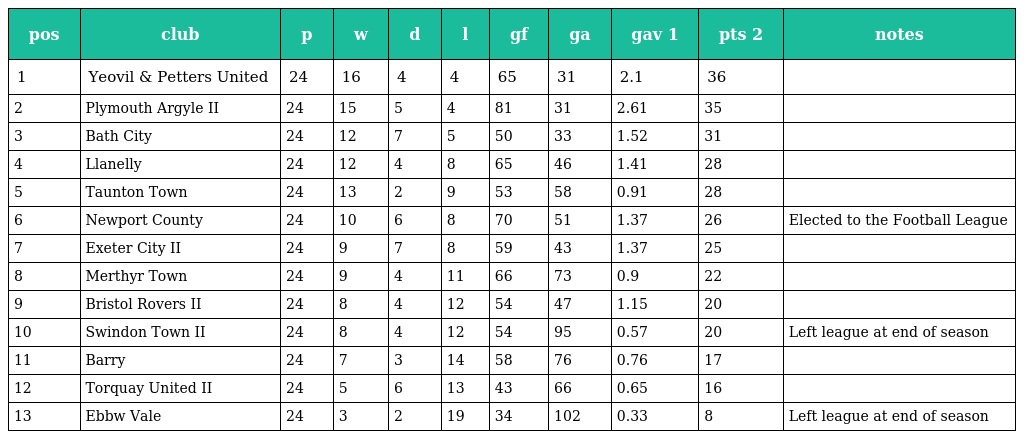
| pos | club | p | w | d | l | gf | ga | gav 1 | pts 2 | notes |
 | --- | --- | --- | --- | --- | --- | --- | --- | --- | --- | --- |
 | 1 | Yeovil & Petters United | 24 | 16 | 4 | 4 | 65 | 31 | 2.1 | 36 |  |
 | 2 | Plymouth Argyle II | 24 | 15 | 5 | 4 | 81 | 31 | 2.61 | 35 |  |
 | 3 | Bath City | 24 | 12 | 7 | 5 | 50 | 33 | 1.52 | 31 |  |
 | 4 | Llanelly | 24 | 12 | 4 | 8 | 65 | 46 | 1.41 | 28 |  |
 | 5 | Taunton Town | 24 | 13 | 2 | 9 | 53 | 58 | 0.91 | 28 |  |
 | 6 | Newport County | 24 | 10 | 6 | 8 | 70 | 51 | 1.37 | 26 | Elected to the Football League |
 | 7 | Exeter City II | 24 | 9 | 7 | 8 | 59 | 43 | 1.37 | 25 |  |
 | 8 | Merthyr Town | 24 | 9 | 4 | 11 | 66 | 73 | 0.9 | 22 |  |
 | 9 | Bristol Rovers II | 24 | 8 | 4 | 12 | 54 | 47 | 1.15 | 20 |  |
 | 10 | Swindon Town II | 24 | 8 | 4 | 12 | 54 | 95 | 0.57 | 20 | Left league at end of season |
 | 11 | Barry | 24 | 7 | 3 | 14 | 58 | 76 | 0.76 | 17 |  |
 | 12 | Torquay United II | 24 | 5 | 6 | 13 | 43 | 66 | 0.65 | 16 |  |
 | 13 | Ebbw Vale | 24 | 3 | 2 | 19 | 34 | 102 | 0.33 | 8 | Left league at end of season |